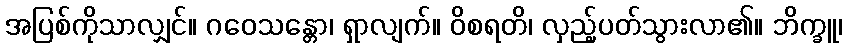
အပြစ်ကိုသာလျှင်။ ဂဝေသန္တော၊ ရှာလျက်။ ဝိစရတိ၊ လှည့်ပတ်သွားလာ၏။ ဘိက္ခူ၊